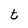
Character: t